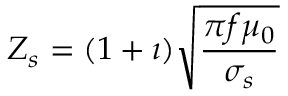
Z _ { s } = ( 1 + \imath ) \sqrt { \frac { \pi f \mu _ { 0 } } { \sigma _ { s } } }